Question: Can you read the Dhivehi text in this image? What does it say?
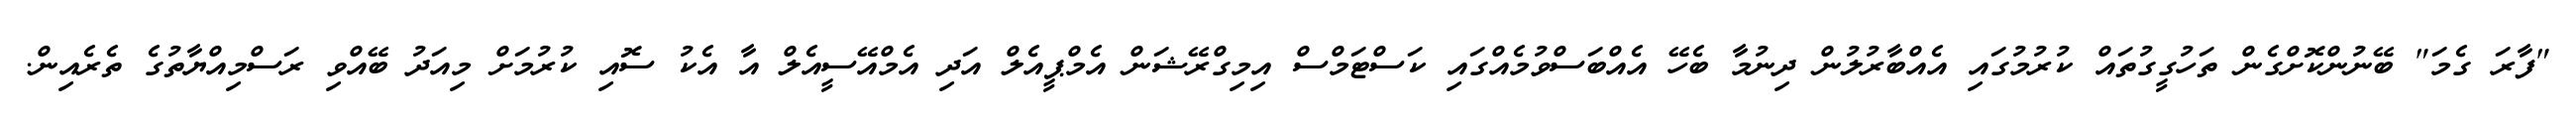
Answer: "ފާރަ ގެމަ" ބޭނުންކޮށްގެން ތަހުގީގުތައް ކުރުމުގައި އެއްބާރުލުން ދިނުމާ ބެހޭ އެއްބަސްވުމެއްގައި ކަސްޓަމްސް އިމިގްރޭޝަން އެމްޕީއެލް އަދި އެމްއޭސީއެލް އާ އެކު ސޮއި ކުރުމަށް މިއަދު ބޭއްވި ރަސްމިއްޔާތުގެ ތެރެއިން.